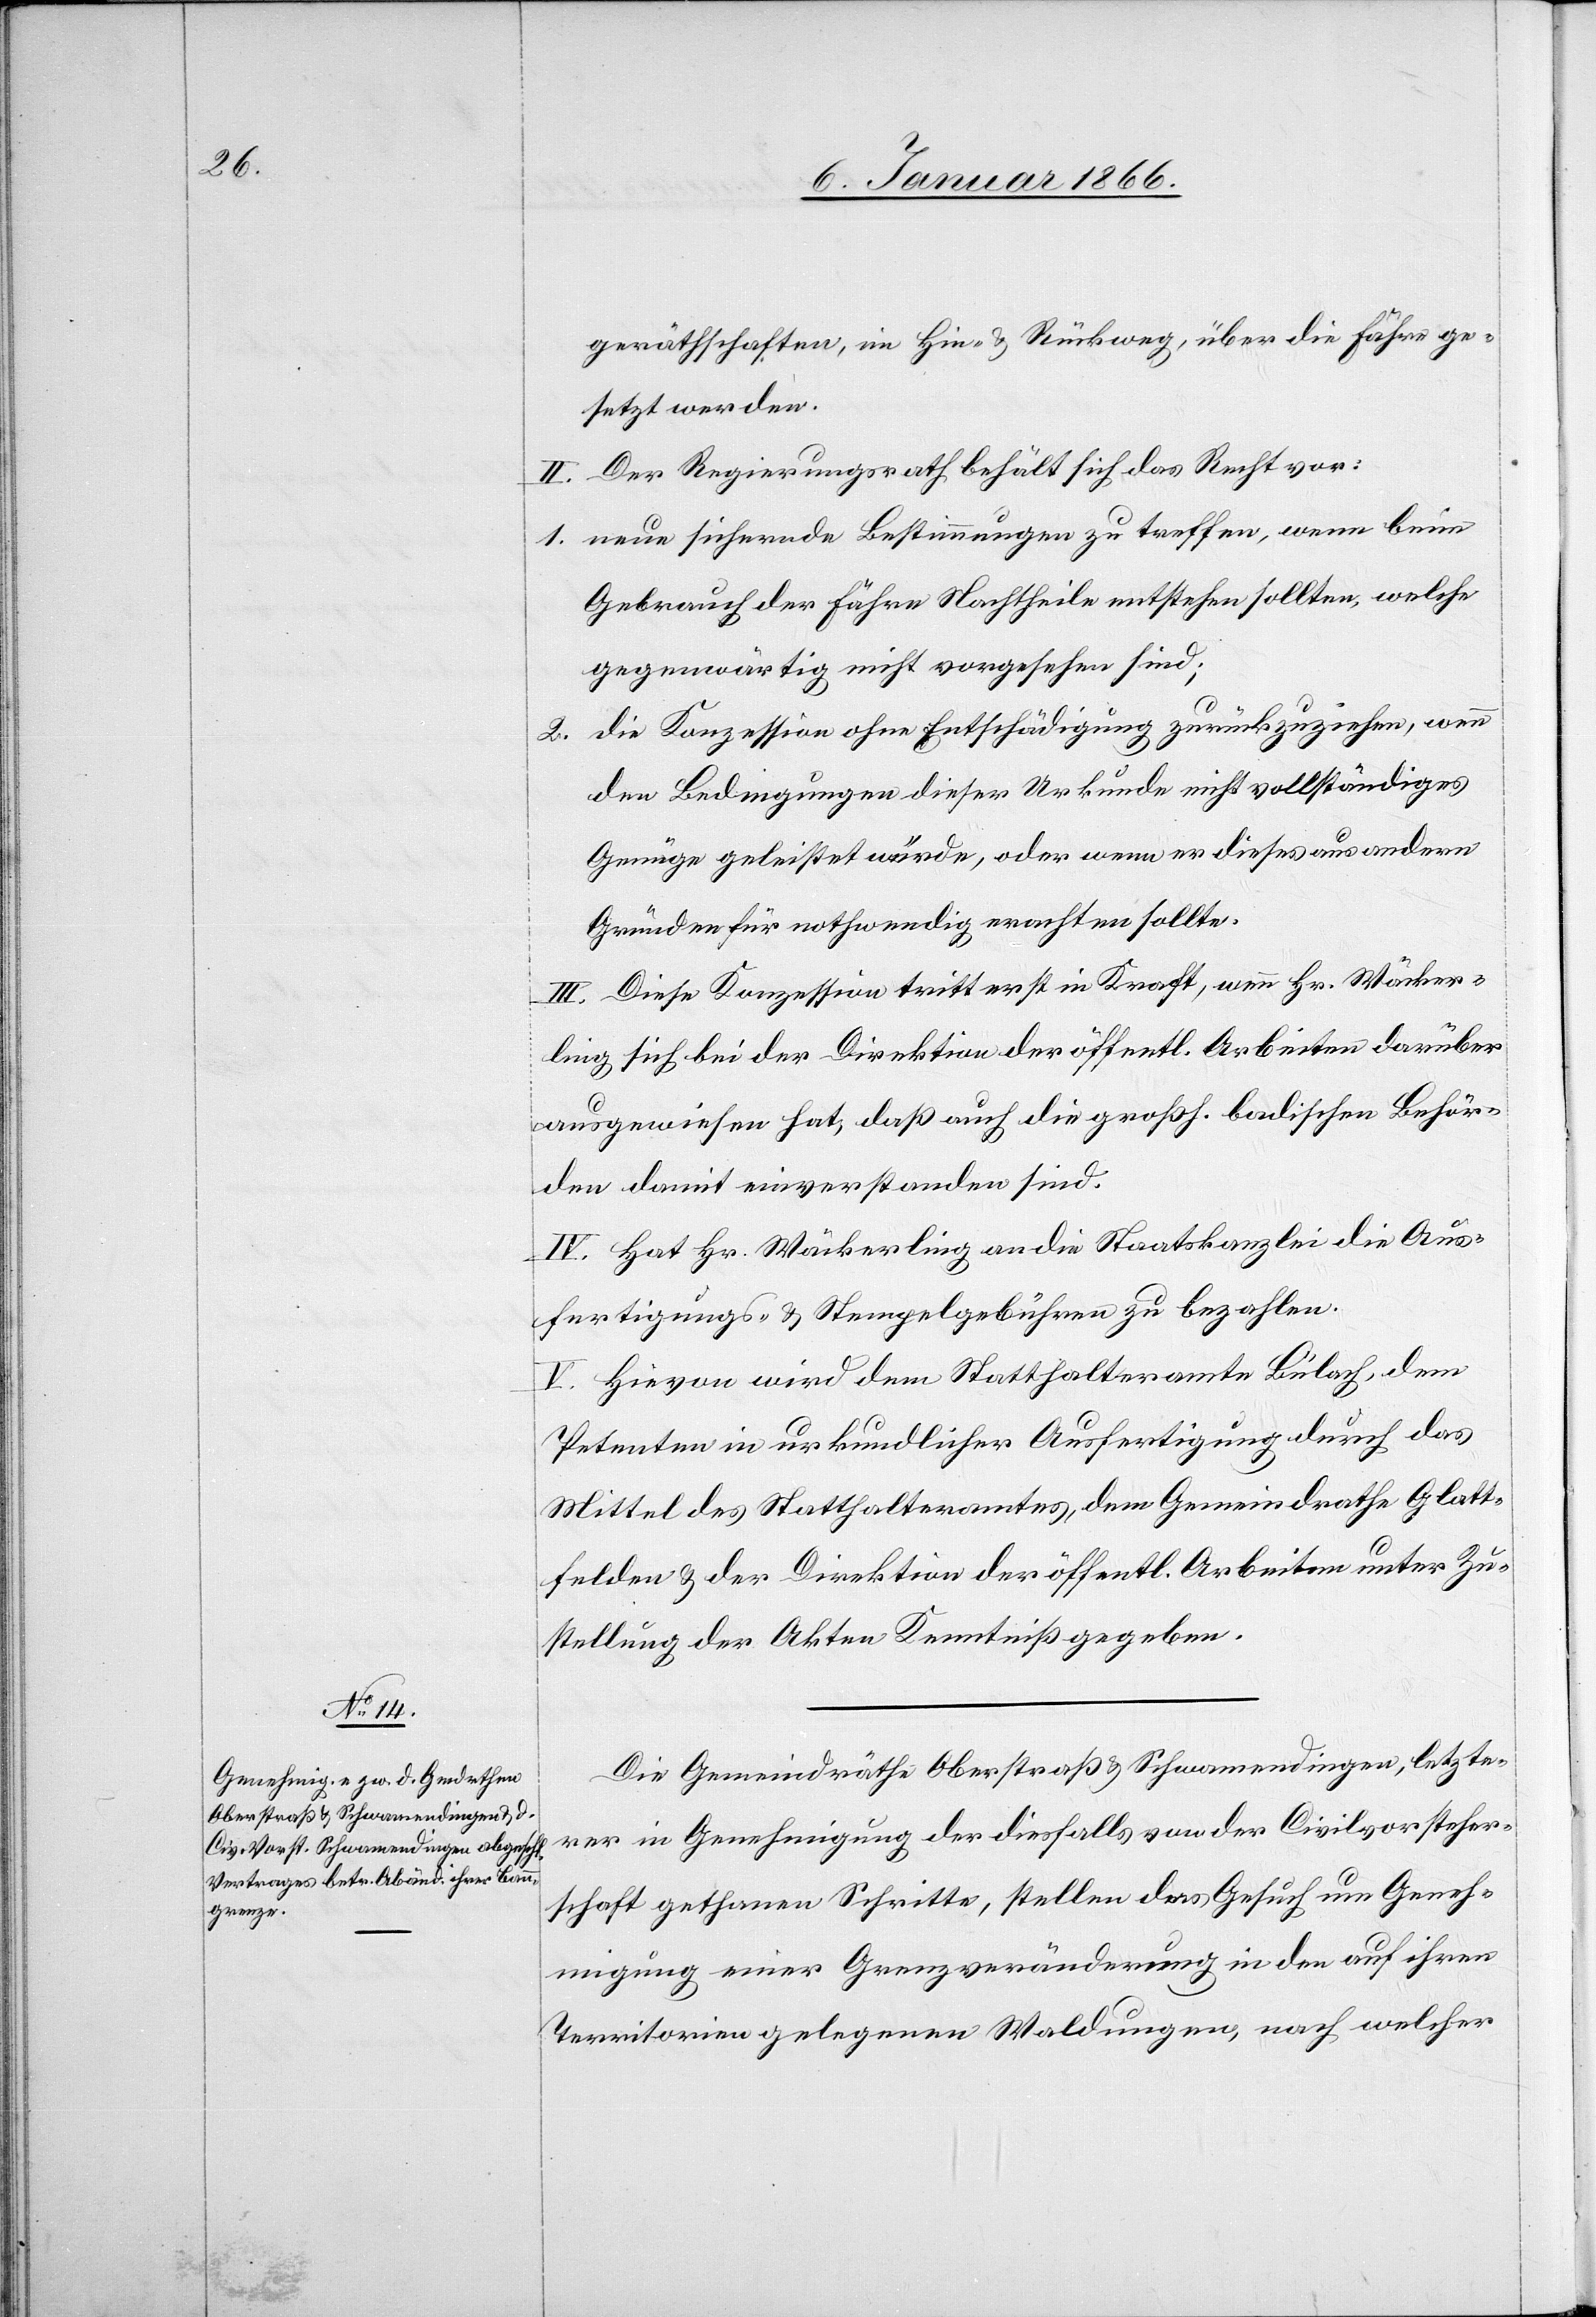
gerätschaften, im Hin- u. Rückweg, über die Fähre ge¬
setzt werden.
II. Der Regierungsrath behält sich das Recht vor:
neue sichernde Bestimmungen zu treffen, wenn beim
Gebrauch der Fährte Nachtheile entstehen sollten, welche
gegenwärtig nicht vorgesehen sind;
die Konzession ohne Entschädigung zurückzuziehen, wenn
den Bedingungen dieser Urkunde nicht vollständiges
Genüge geleistet würde, oder wenn er dieses aus andern
Gründen für nothwendig erachten sollte.
Diese Konzession tritt erst in Kraft, wenn Hr. Wäcker¬
ling sich bei der Direktion der öffentl. Arbeiten darüber
ausgewiesen hat, daß auch die großh. badischen Behör¬
den damit einverstanden sind.
IV. Hat Hr. Wäckerling an die Staatskanzlei die Aus¬
fertigungs- u. Stempelgebühren zu bezahlen.
V. Hievon wird dem Statthalteramte Bülach, dem
Petenten in urkundlicher Ausfertigung durch das
Mittel des Statthalteramtes, dem Gemeindrathe Glatt¬
felden u. der Direktion der öffentl. Arbeiten unter Zu¬
stellung der Akten Kenntniß gegeben.
Die Gemeindräthe Oberstraß u. Schwamendingen, letzter
nur in Genehmigung der diesfalls von der Civilvorsteher¬
schaft gethanen Schritte, stellen das Gesuch um Geneh¬
migung einer Grenzveränderung in den auf ihrem
Territorien gelegenen Waldungen, nach welcher